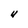
Character: U